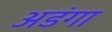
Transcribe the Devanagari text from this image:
अडंगा